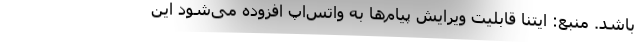
باشد. منبع: ایتنا قابلیت ویرایش پیام‌ها به واتس‌اپ افزوده می‌شود این